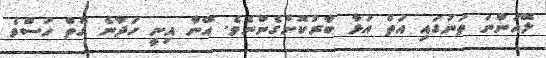
ލޭއަންނަ ތަނުގައި އަތް އަޅާ ބާރުކޮށްގެންނެވެ. އޭނާ އިނީ ހަދާނެ ގޮތް ހުސްވެ